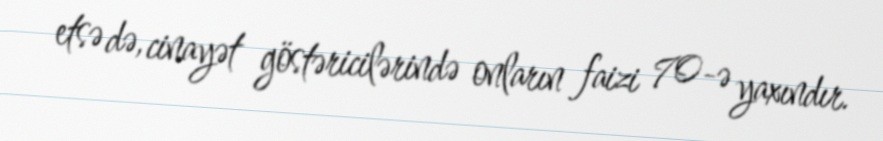
etsə də, cinayət göstəricilərində onların faizi 70-ə yaxındır.